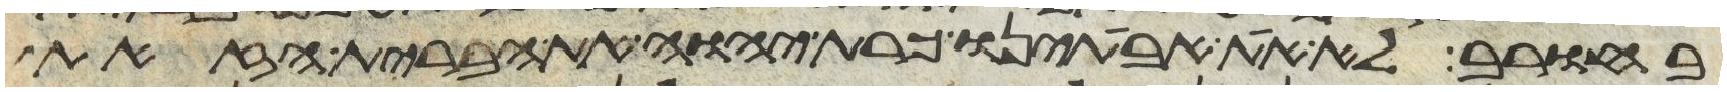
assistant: בחורב לא את אבתינו כרת יהוה את הברית הזאת